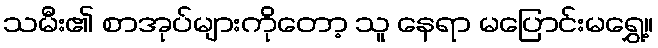
သမီး၏ စာအုပ်များကိုတော့ သူ နေရာ မပြောင်းမရွှေ့။